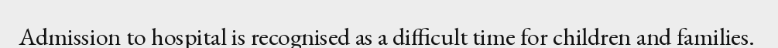
Admission to hospital is recognised as a difficult time for children and families.